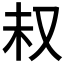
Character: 𫨴